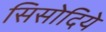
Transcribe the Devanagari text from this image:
सिसोदिये